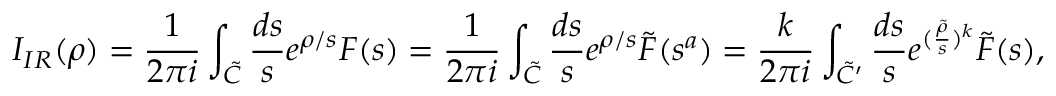
I _ { I R } ( \rho ) = \frac { 1 } { 2 \pi i } \int _ { \tilde { C } } \frac { d s } { s } e ^ { \rho / s } F ( s ) = \frac { 1 } { 2 \pi i } \int _ { \tilde { C } } \frac { d s } { s } e ^ { \rho / s } \tilde { F } ( s ^ { a } ) = \frac { k } { 2 \pi i } \int _ { \tilde { C } ^ { \prime } } \frac { d s } { s } e ^ { ( \frac { \tilde { \rho } } { s } ) ^ { k } } \tilde { F } ( s ) ,